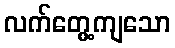
လက်တွေ့ကျသော